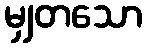
မျှတသော